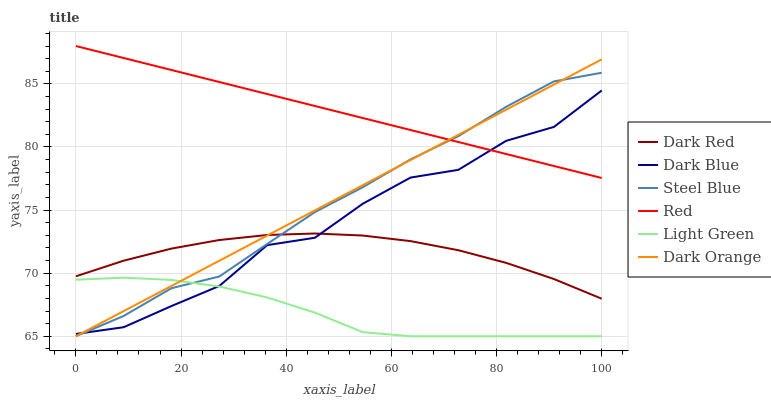
| xaxis_label | Dark Red | Dark Blue | Steel Blue | Red | Light Green | Dark Orange |
 | --- | --- | --- | --- | --- | --- | --- |
 | 0 | 69.8 | 65.2 | 65 | 88 | 69.5 | 65 |
 | 9.09 | 71 | 65.7 | 66.6 | 87 | 69.6 | 67 |
 | 18.2 | 71.9 | 67.4 | 68.8 | 86.1 | 69.5 | 69 |
 | 27.3 | 72.6 | 69 | 69.7 | 85.1 | 68.9 | 71 |
 | 36.4 | 73 | 72.2 | 72.3 | 84.2 | 68.1 | 73 |
 | 45.5 | 73.1 | 72.8 | 74.8 | 83.2 | 66.9 | 75 |
 | 54.5 | 73 | 75.5 | 76.8 | 82.3 | 65.3 | 77 |
 | 63.6 | 72.5 | 77.6 | 79 | 81.3 | 65 | 79 |
 | 72.7 | 71.8 | 78.2 | 80.9 | 80.4 | 65 | 81 |
 | 81.8 | 70.8 | 80.5 | 83.2 | 79.4 | 65 | 83 |
 | 90.9 | 69.5 | 81.6 | 85.2 | 78.5 | 65 | 84.9 |
 | 100 | 68 | 84.5 | 85.9 | 77.5 | 65 | 86.9 |